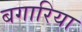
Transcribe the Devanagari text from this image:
बगारिया